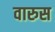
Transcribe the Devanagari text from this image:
वारुस